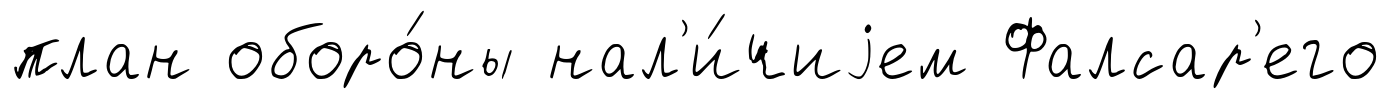
план оборо́ны нал'и́чиjем Фалсар'его